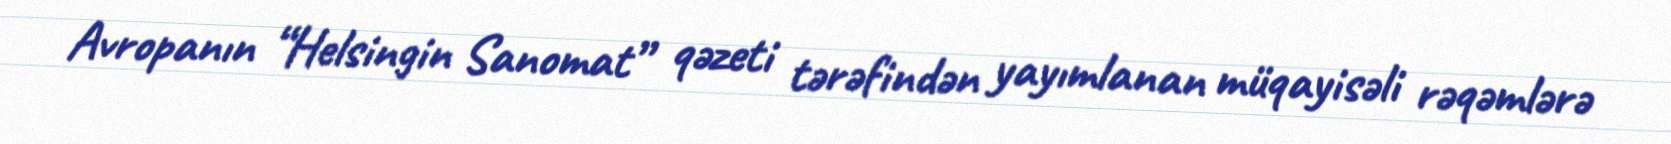
Avropanın “Helsingin Sanomat” qəzeti tərəfindən yayımlanan müqayisəli rəqəmlərə